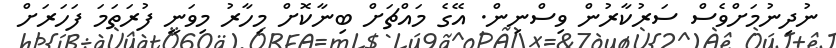
ނުދިނުމަށްވެސް ސަރުކާރުން ވިސްނިން. އޭގެ މައްޗަށް ބިނާކޮށް މިހާރު މިވަނީ ފުރަތަމަ ފަހަރަށް